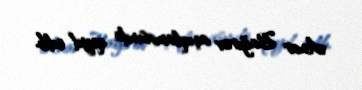
Anar Bağırov açıqlamasında qeyd edib.